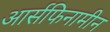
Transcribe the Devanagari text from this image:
आर्सफिनामीन